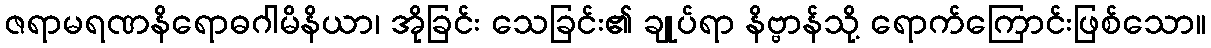
ဇရာမရဏနိရောဓဂါမိနိယာ၊ အိုခြင်း သေခြင်း၏ ချုပ်ရာ နိဗ္ဗာန်သို့ ရောက်ကြောင်းဖြစ်သော။